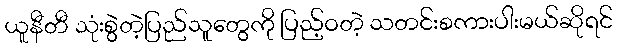
ယူနီတီ သုံးစွဲတဲ့ပြည်သူတွေကို ပြည့်ဝတဲ့ သတင်းစကားပါးမယ်ဆိုရင်